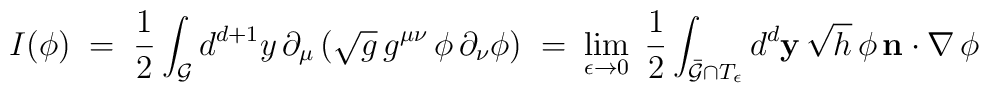
I(\phi)\;=\;\frac{1}{2}\int_{\cal G}d^{d+1}y\,\partial_{\mu}\,(\sqrt{g}\,g^{\mu\nu}\,\phi\,\partial_{\nu}\phi)\;=\;\lim_{\epsilon\rightarrow 0}\;\frac{1}{2}\int_{\bar{\cal G}\cap T_{\epsilon}} d^{d}{\bf y}\,\sqrt{h}\,\phi\,{\bf n}\cdot\nabla\,\phi